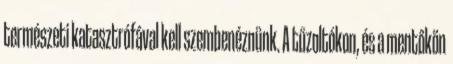
természeti katasztrófával kell szembenéznünk. A tűzoltókon, és a mentőkön